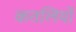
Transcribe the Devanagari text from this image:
कतलियों